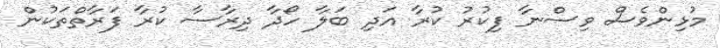
މުޅިންވެސް ވިސްނާ ފިކުރު ކުރާ އަދި ބަލާ ހޯދާ ދިރާސާ ކުރާ ފަރާތްތަކުން